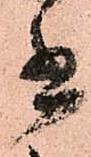
書